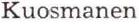
Kuosmanen